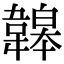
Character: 韟